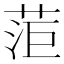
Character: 菃